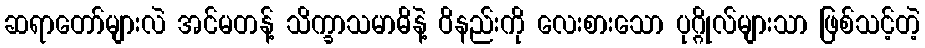
ဆရာတော်များလဲ အင်မတန့် သိက္ခာသမာဓိနဲ့ ဝိနည်းကို လေးစားသော ပုဂ္ဂိုလ်များသာ ဖြစ်သင့်တဲ့